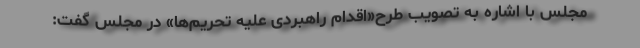
مجلس با اشاره به تصویب طرح«اقدام راهبردی علیه تحریم‌ها» در مجلس گفت: